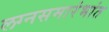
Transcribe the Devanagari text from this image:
लग्नसमारंभांत